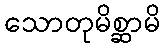
သောတုမိစ္ဆာမိ